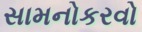
સામનોકરવો